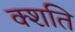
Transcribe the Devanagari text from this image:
क्शति